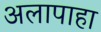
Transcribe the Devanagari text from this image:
अलापाहा